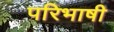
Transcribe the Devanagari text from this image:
परिभाषी